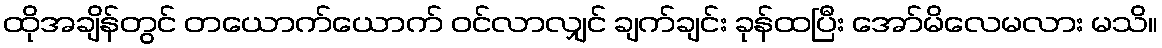
ထိုအချိန်တွင် တယောက်ယောက် ဝင်လာလျှင် ချက်ချင်း ခုန်ထပြီး အော်မိလေမလား မသိ။